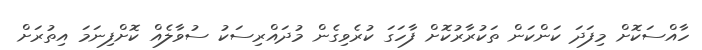
ހާއްސަކޮށް މިފަދަ ކަންކަން ތަކުރާރުކޮށް ފާހަގަ ކުރެވިގެން މުދައްރިސަކު ސުވާލެއް ކޮށްފިނަމަ އިތުރަށް